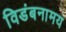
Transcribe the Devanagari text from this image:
विडंबनामय